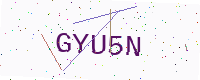
Text: GYU5N